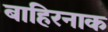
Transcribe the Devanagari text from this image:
बाहिरनाक